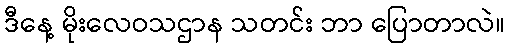
ဒီနေ့ မိုးလေဝသဌာန သတင်း ဘာ ပြောတာလဲ။